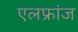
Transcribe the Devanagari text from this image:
एलफ्रांज